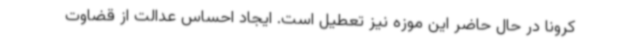
کرونا در حال حاضر این موزه نیز تعطیل است. ایجاد احساس عدالت از قضاوت